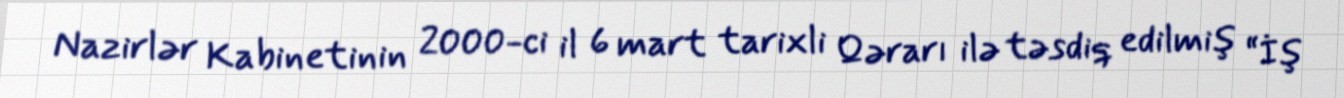
Nazirlər Kabinetinin 2000-ci il 6 mart tarixli Qərarı ilə təsdiq edilmiş “İş